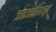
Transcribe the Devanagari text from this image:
जळजळीपासून